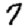
Digit: 7